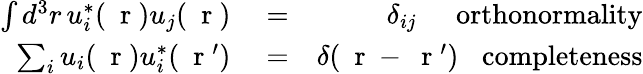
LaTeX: \begin{array}{rlr}{\int d^{3}r\, u_{i}^{*}(\mathrm{~\mathbf~r~})u_{j}(\mathrm{~\mathbf~r~})}&{{}=}&{\delta_{ij}\; \; \; \; \; \mathrm{orthonormality}}\\ {\sum_{i}u_{i}(\mathrm{~\mathbf~r~})u_{i}^{*}(\mathrm{~\mathbf~r~}^{\prime})}&{{}=}&{\delta(\mathrm{~\mathbf~r~}-\mathrm{~\mathbf~r~}^{\prime})\; \; \; \mathrm{completeness}}\end{array}